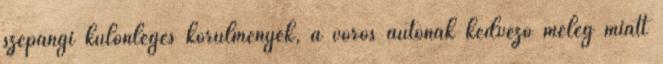
szepangi különleges körülmények, a vörös autónak kedvező meleg miatt